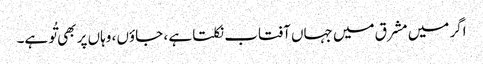
اگر میں مشرق میں جہاں آفتاب نکلتا ہے ، جاؤں ، وہاں پر بھی تُو ہے۔